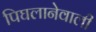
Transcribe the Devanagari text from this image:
पिघलानेवाली